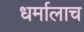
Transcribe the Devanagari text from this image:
धर्मालाच